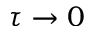
\tau \to 0